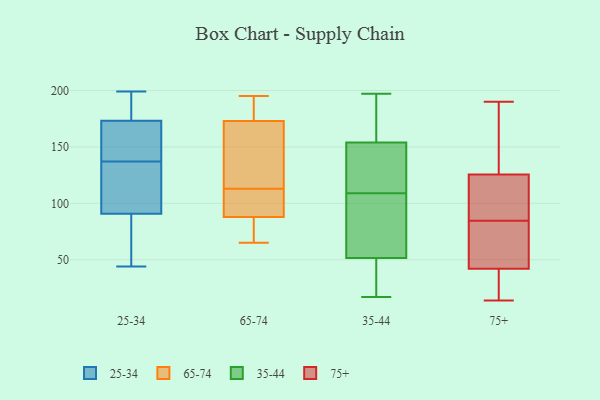
{"axis": {"x": "Inventory Turnover", "y": "Value"}, "legend": ["25-34", "35-44", "65-74", "75+"], "data": [{"x": "", "y": 44, "type": "25-34"}, {"x": "", "y": 108, "type": "25-34"}, {"x": "", "y": 112, "type": "25-34"}, {"x": "", "y": 137, "type": "25-34"}, {"x": "", "y": 179, "type": "25-34"}, {"x": "", "y": 81, "type": "25-34"}, {"x": "", "y": 85, "type": "25-34"}, {"x": "", "y": 156, "type": "25-34"}, {"x": "", "y": 199, "type": "25-34"}, {"x": "", "y": 138, "type": "25-34"}, {"x": "", "y": 190, "type": "25-34"}, {"x": "", "y": 177, "type": "65-74"}, {"x": "", "y": 136, "type": "65-74"}, {"x": "", "y": 184, "type": "65-74"}, {"x": "", "y": 93, "type": "65-74"}, {"x": "", "y": 120, "type": "65-74"}, {"x": "", "y": 83, "type": "65-74"}, {"x": "", "y": 104, "type": "65-74"}, {"x": "", "y": 169, "type": "65-74"}, {"x": "", "y": 193, "type": "65-74"}, {"x": "", "y": 195, "type": "65-74"}, {"x": "", "y": 106, "type": "65-74"}, {"x": "", "y": 83, "type": "65-74"}, {"x": "", "y": 143, "type": "65-74"}, {"x": "", "y": 70, "type": "65-74"}, {"x": "", "y": 65, "type": "65-74"}, {"x": "", "y": 93, "type": "65-74"}, {"x": "", "y": 136, "type": "35-44"}, {"x": "", "y": 151, "type": "35-44"}, {"x": "", "y": 81, "type": "35-44"}, {"x": "", "y": 163, "type": "35-44"}, {"x": "", "y": 193, "type": "35-44"}, {"x": "", "y": 192, "type": "35-44"}, {"x": "", "y": 115, "type": "35-44"}, {"x": "", "y": 42, "type": "35-44"}, {"x": "", "y": 17, "type": "35-44"}, {"x": "", "y": 25, "type": "35-44"}, {"x": "", "y": 120, "type": "35-44"}, {"x": "", "y": 197, "type": "35-44"}, {"x": "", "y": 73, "type": "35-44"}, {"x": "", "y": 157, "type": "35-44"}, {"x": "", "y": 103, "type": "35-44"}, {"x": "", "y": 71, "type": "35-44"}, {"x": "", "y": 149, "type": "35-44"}, {"x": "", "y": 26, "type": "35-44"}, {"x": "", "y": 56, "type": "35-44"}, {"x": "", "y": 47, "type": "35-44"}, {"x": "", "y": 178, "type": "75+"}, {"x": "", "y": 14, "type": "75+"}, {"x": "", "y": 23, "type": "75+"}, {"x": "", "y": 41, "type": "75+"}, {"x": "", "y": 190, "type": "75+"}, {"x": "", "y": 15, "type": "75+"}, {"x": "", "y": 51, "type": "75+"}, {"x": "", "y": 125, "type": "75+"}, {"x": "", "y": 155, "type": "75+"}, {"x": "", "y": 56, "type": "75+"}, {"x": "", "y": 80, "type": "75+"}, {"x": "", "y": 40, "type": "75+"}, {"x": "", "y": 43, "type": "75+"}, {"x": "", "y": 151, "type": "75+"}, {"x": "", "y": 91, "type": "75+"}, {"x": "", "y": 81, "type": "75+"}, {"x": "", "y": 126, "type": "75+"}, {"x": "", "y": 88, "type": "75+"}, {"x": "", "y": 114, "type": "75+"}, {"x": "", "y": 123, "type": "75+"}]}